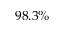
9 8 . 3 \%